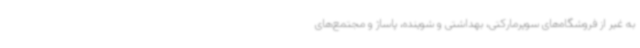
به غیر از فروشگاه‌های سوپرمارکتی، بهداشتی و شوینده، پاساژ و مجتمع‌های